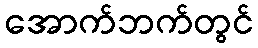
အောက်ဘက်တွင်